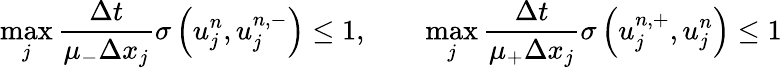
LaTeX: \operatorname*{max}_{j}\frac{\Delta t}{\mu_{-}\Delta x_{j}}\sigma\left(u_{j}^{n},u_{j}^{n,-}\right)\leq 1,\qquad\operatorname*{max}_{j}\frac{\Delta t}{\mu_{+}\Delta x_{j}}\sigma\left(u_{j}^{n,+},u_{j}^{n}\right)\leq 1